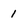
Character: 1